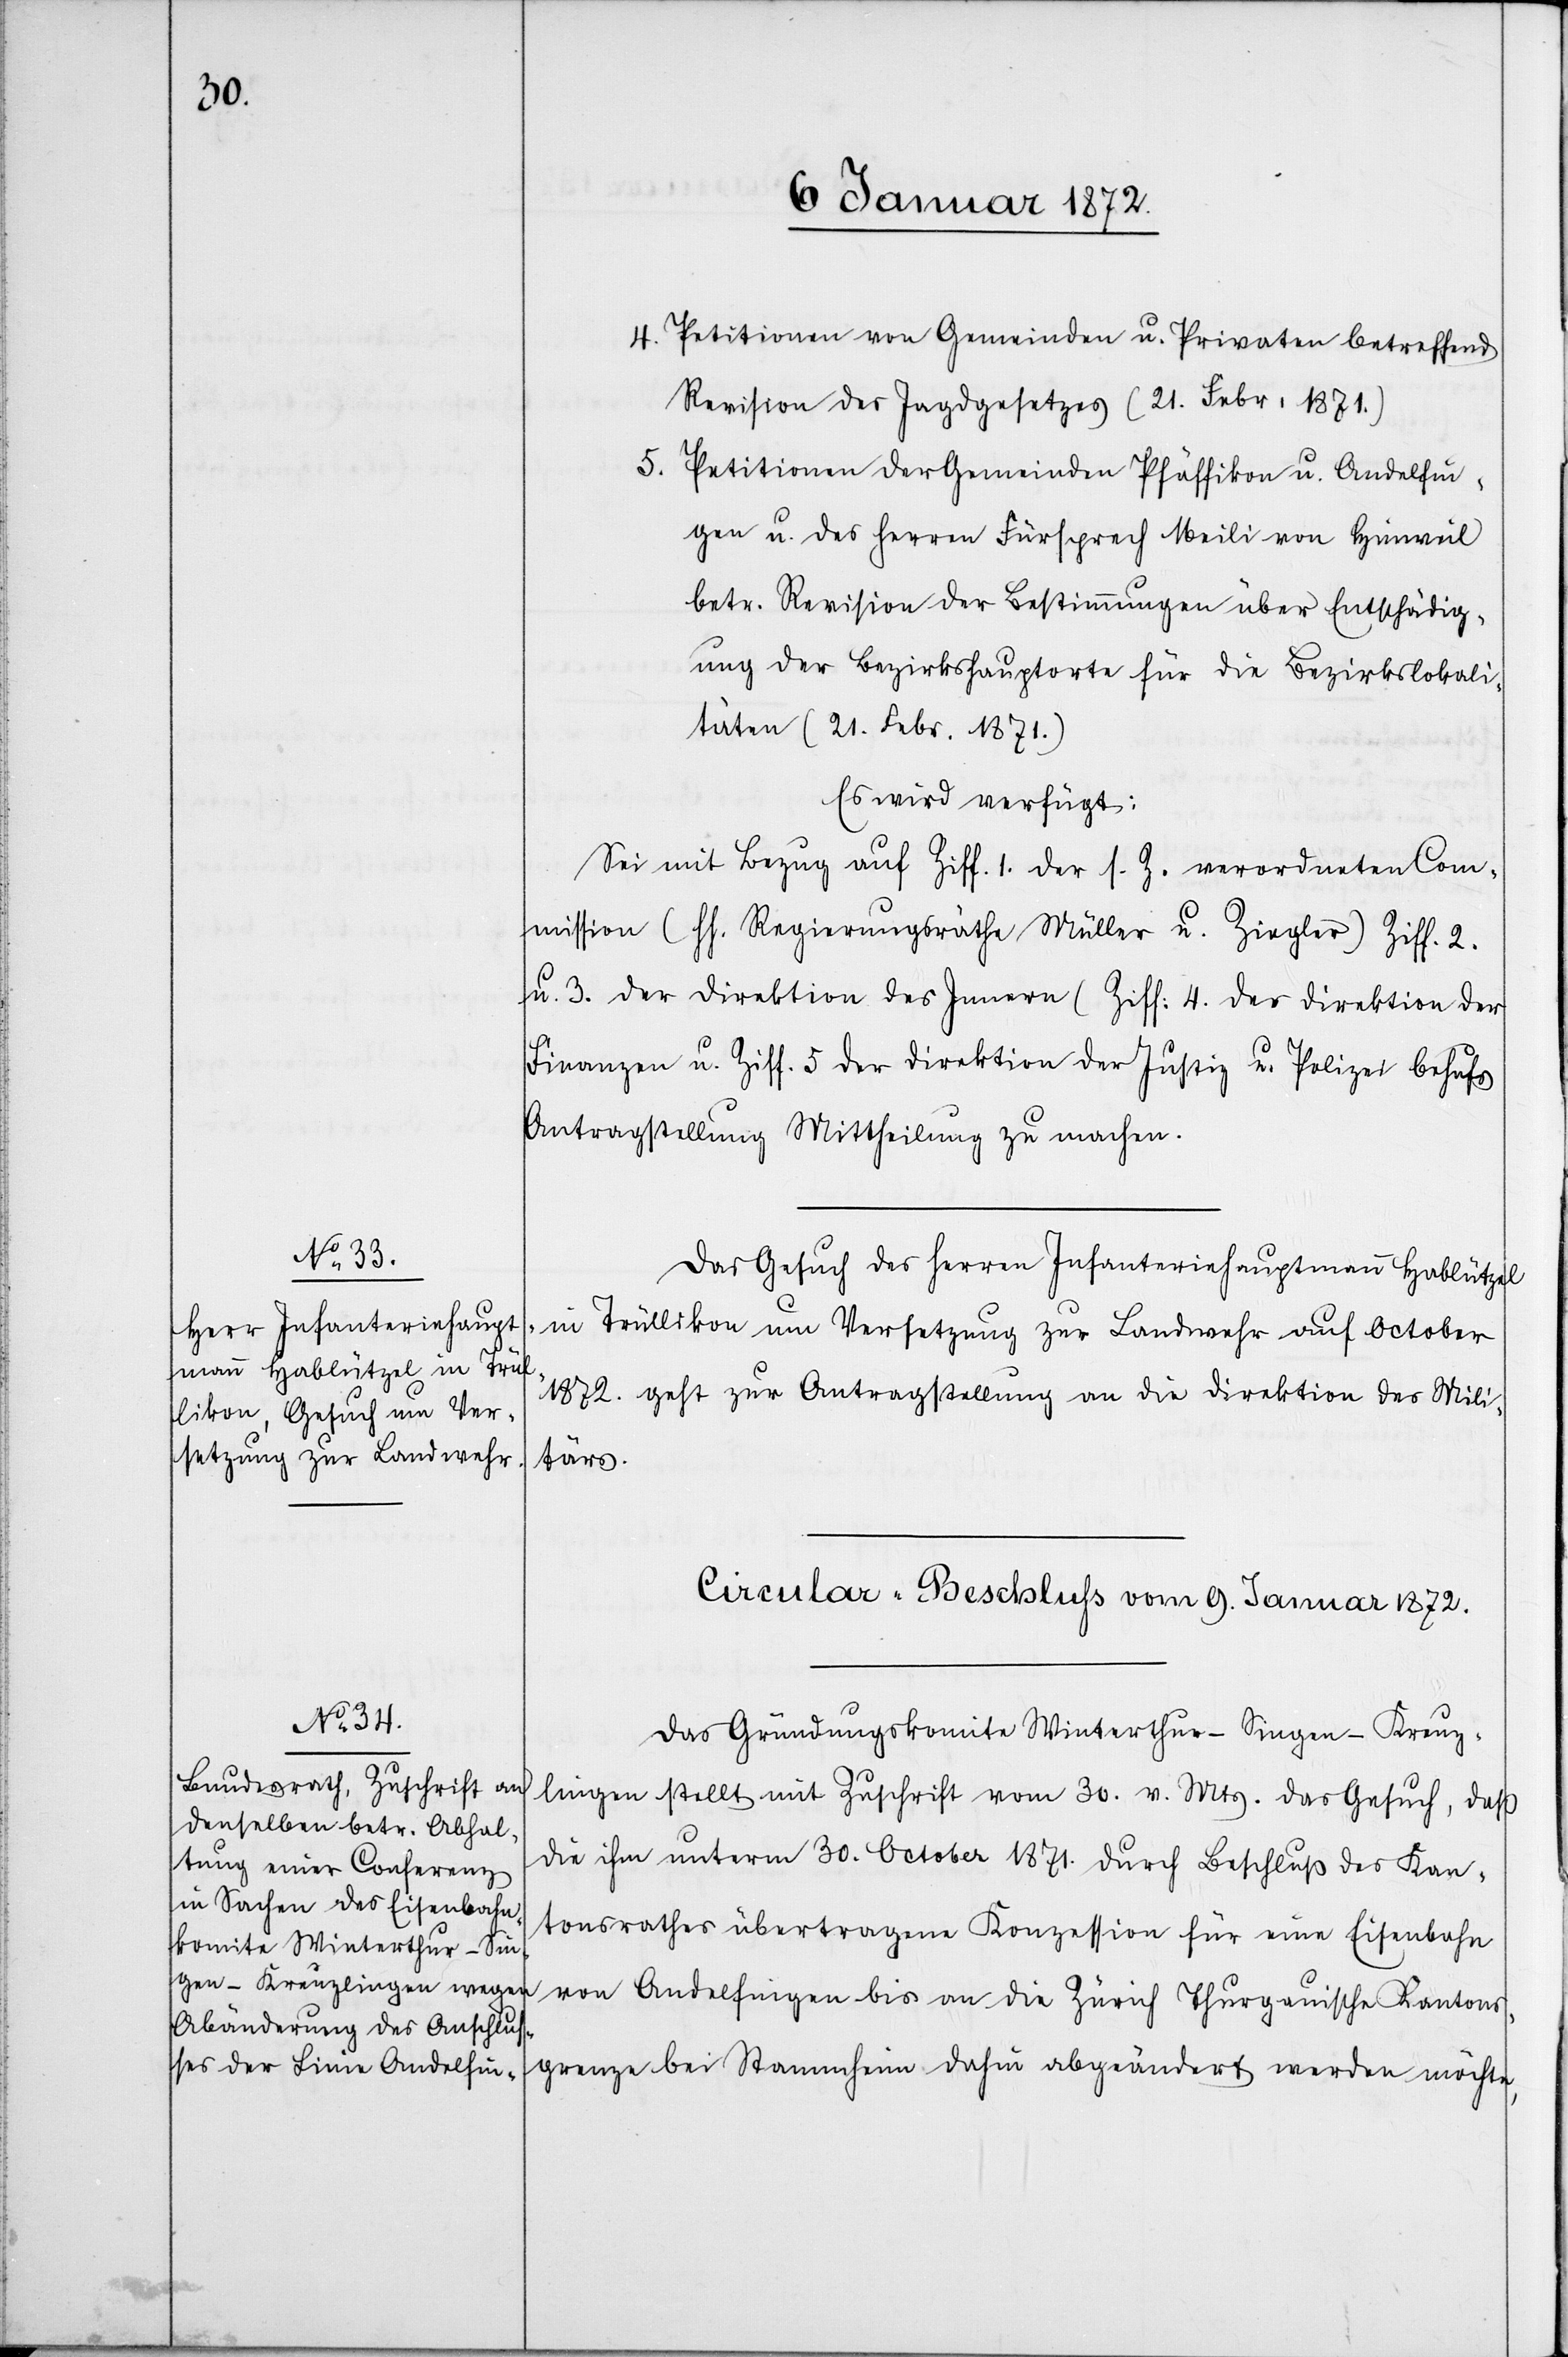
8. Januar 1872.]
Petitionen von Gemeinden u. Privaten betreffend
Revision des Jagdgesetzes (21. Febr: 1871.)
Petitionen der Gemeinden Pfäffikon u. Andelfin¬
gen u. des Herren Fürsprech Meili von Hinweil
betr. Revision der Bestimmungen über Entschädig¬
ung der Bezirkshauptorte für die Bezirkslokali¬
täten (21. Febr. 1871.)
Es wird verfügt:
Sei mit Bezug auf Ziff. 1. der s. Z. verordneten Com¬
mission /hh. Regierungsräthe Müller u. Ziegler) Ziff. 2.
u. 3. der Direktion des Innern (Ziff. 4. der Direktion der
Finanzen u. Ziff. 5 der Direktion der Justiz u. Polizei behufs
Antragstellung Mittheilung zu machen.
Das Gesuch des Herren Infanteriehauptmann Hablützel
in Trüllikon um Versetzung zur Landwehr auf October
1872. geht zur Antragstellung an die Direktion des Mili¬
tärs.
Circular-Beschluss vom 9. Januar 1872.
Das Gründungskomite Winterthur–Singen–Kreuz¬
lingen stellt mit Zuschrift vom 30. v. Mts. das Gesuch, daß
die ihm unterm 30. October 1871. durch Beschluß des Kan¬
tonsrathes übertragene Konzession für eine Eisenbahn
von Andelfingen bis an die Zürich Thurgauische Kantons¬
grenze bei Stammheim dahin abgeändert werden möchte,